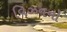
વિઝનનો